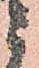
ニ